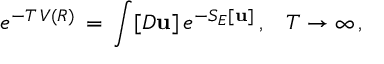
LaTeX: e ^ { - T \, V ( R ) } \, = \, \int [ D { \bf u } ] \, e ^ { - S _ { E } [ { \bf u } ] } \, { , } \quad T \to \infty \, { , }